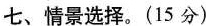
七、情景选择。(15 分)